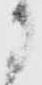
に